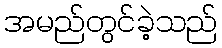
အမည်တွင်ခဲ့သည်